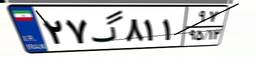
۲۷گ۸۱۱۹۷